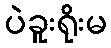
ပဲခူးရိုးမ